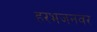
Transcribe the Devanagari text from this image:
हरभजनवर